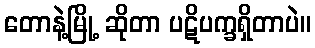
တောနဲ့မြို့ ဆိုတာ ပဋိပက္ခရှိတာပဲ။